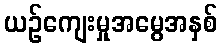
ယဉ်ကျေးမှုအမွေအနှစ်